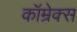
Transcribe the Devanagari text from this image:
कॉम्रेक्स